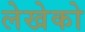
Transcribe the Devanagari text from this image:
लेखेको